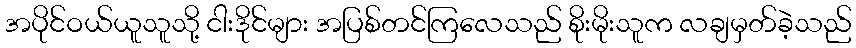
အပိုင်ဝယ်ယူသူသို့ ငါးဒိုင်များ အပြစ်တင်ကြလေသည် စိုးမိုးသူက လချမှတ်ခဲ့သည်